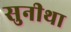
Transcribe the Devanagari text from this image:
सुनीथा